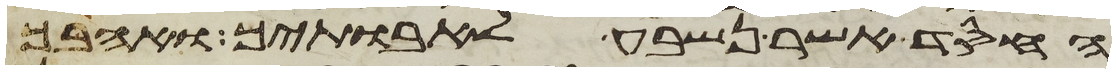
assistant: החסד אשר נשבע לאבתיך ואהבך